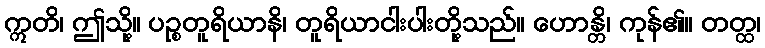
ဣတိ၊ ဤသို့။ ပဉ္စတူရိယာနိ၊ တူရိယာငါးပါးတို့သည်။ ဟောန္တိ၊ ကုန်၏။ တတ္ထ၊